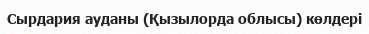
Сырдария ауданы (Қызылорда облысы) көлдері